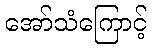
အော်သံကြောင့်